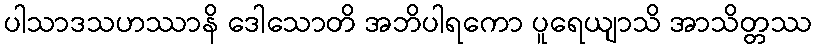
ပါသာဒသဟဿာနိ ဒေါသောတိ အဘိပါရကော ပူရေယျာသိ အာသိတ္တဿ